Notes on vaccination in the North-West Frontier Province 1923-1928 - 1923-1928
Year: 1923
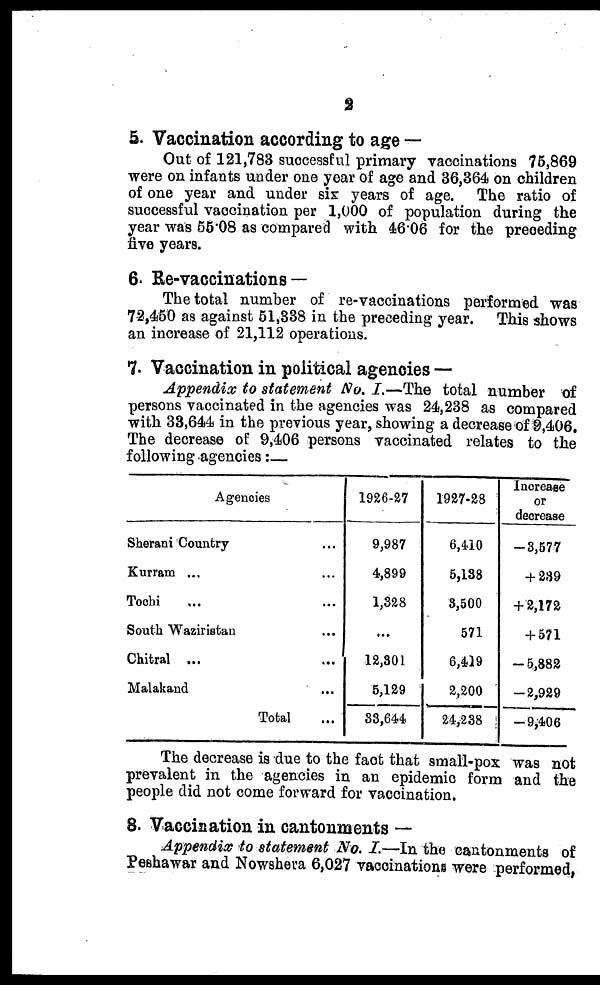
2
5. Vaccination according to age —
Out of 121,783 successful primary vaccinations 75,869
were on infants under one year of age and 36,364 on children
of one year and under six: years of age. The ratio of
successful vaccination per 1,000 of population during the
year was 55.08 as compared with 46.06 for the preceding
five years.
6. Re-vaccinations—
The total number of re-vaccinations performed was
72,450 as against 51,338 in the preceding year. This shows
an increase of 21,112 operations.
7. Vaccination in political agencies —
Appendix to statement No. I.—The total number of
persons vaccinated in the agencies was 24,238 as compared
with 33,644 in the previous year, showing a decrease of 9,406.
The decrease of 9,406 persons vaccinated relates to the
following agencies:—
Agencies
Sherani Country ...
Kurram ... ...
Tochi ... ...
South Waziristan ...
Chitral ...
Malakand
Total
1926-27
9,987
4,899
1,328
...
12,301
5,129
33,644
1927-28
6,410
5,138
3,500
571
6,419
2,200
24,238
Increase
or
decrease
-3,577
+ 289
+ 2,172
+ 571
-5,882
-2,929
-9,406
The decrease is due to the fact that small-pox was not
prevalent in the agencies in an epidemic form and the
people did not come forward for vaccination.
8. Vaccination in cantonments —
Appendix to statement No. I.—In the cantonments of
Peshawar and Nowshera 6,027 vaccinations were performed,